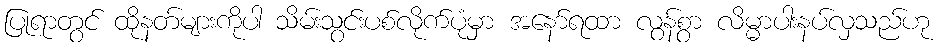
ပြုရာတွင် ထိုနတ်များကိုပါ သိမ်းသွင်းပစ်လိုက်ပုံမှာ အနော်ရထာ လွန်စွာ လိမ္မာပါးနပ်လှသည်ဟု